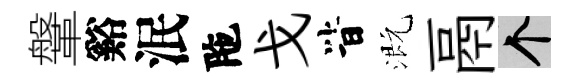
鞶谿泯陁戈𣅜溉鬲个